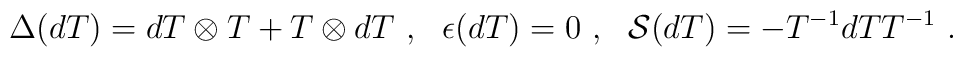
\Delta (dT)=dT\otimes T+T\otimes dT~,{}~~\epsilon (dT)=0~,~~{\cal S}(dT)=-T^{-1}dTT^{-1}~.